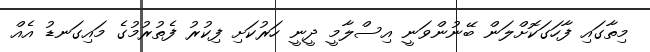
މިތާގައި ފާހަގަކޮށްލަން ބޭނުންވަނީ އިސްލާމީ ދީނީ ހަރުކަށި ފިކުރު ފެތުރުމުގެ މައިގަނޑު އެއް